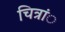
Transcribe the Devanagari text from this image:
चित्रांे